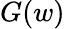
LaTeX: G(w)